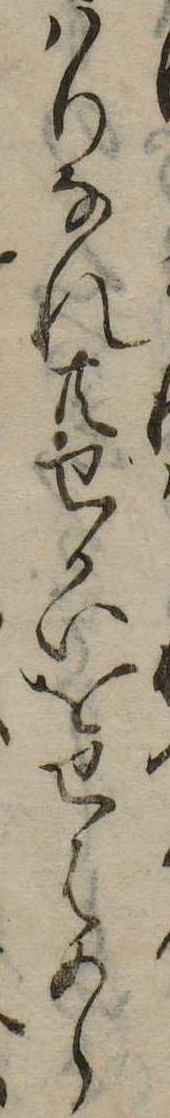
はりなれ共せかいをせはめら